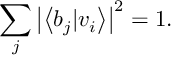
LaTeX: \sum _ { j } \left| \left\langle b _ { j } | v _ { i } \right\rangle \right| ^ { 2 } = 1 .